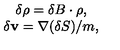
\begin{array} { c } { \delta \rho = \delta B \cdot \rho , } \\ { \delta { \bf v } = { \bf \nabla } ( \delta S ) / m , } \\ \end{array}